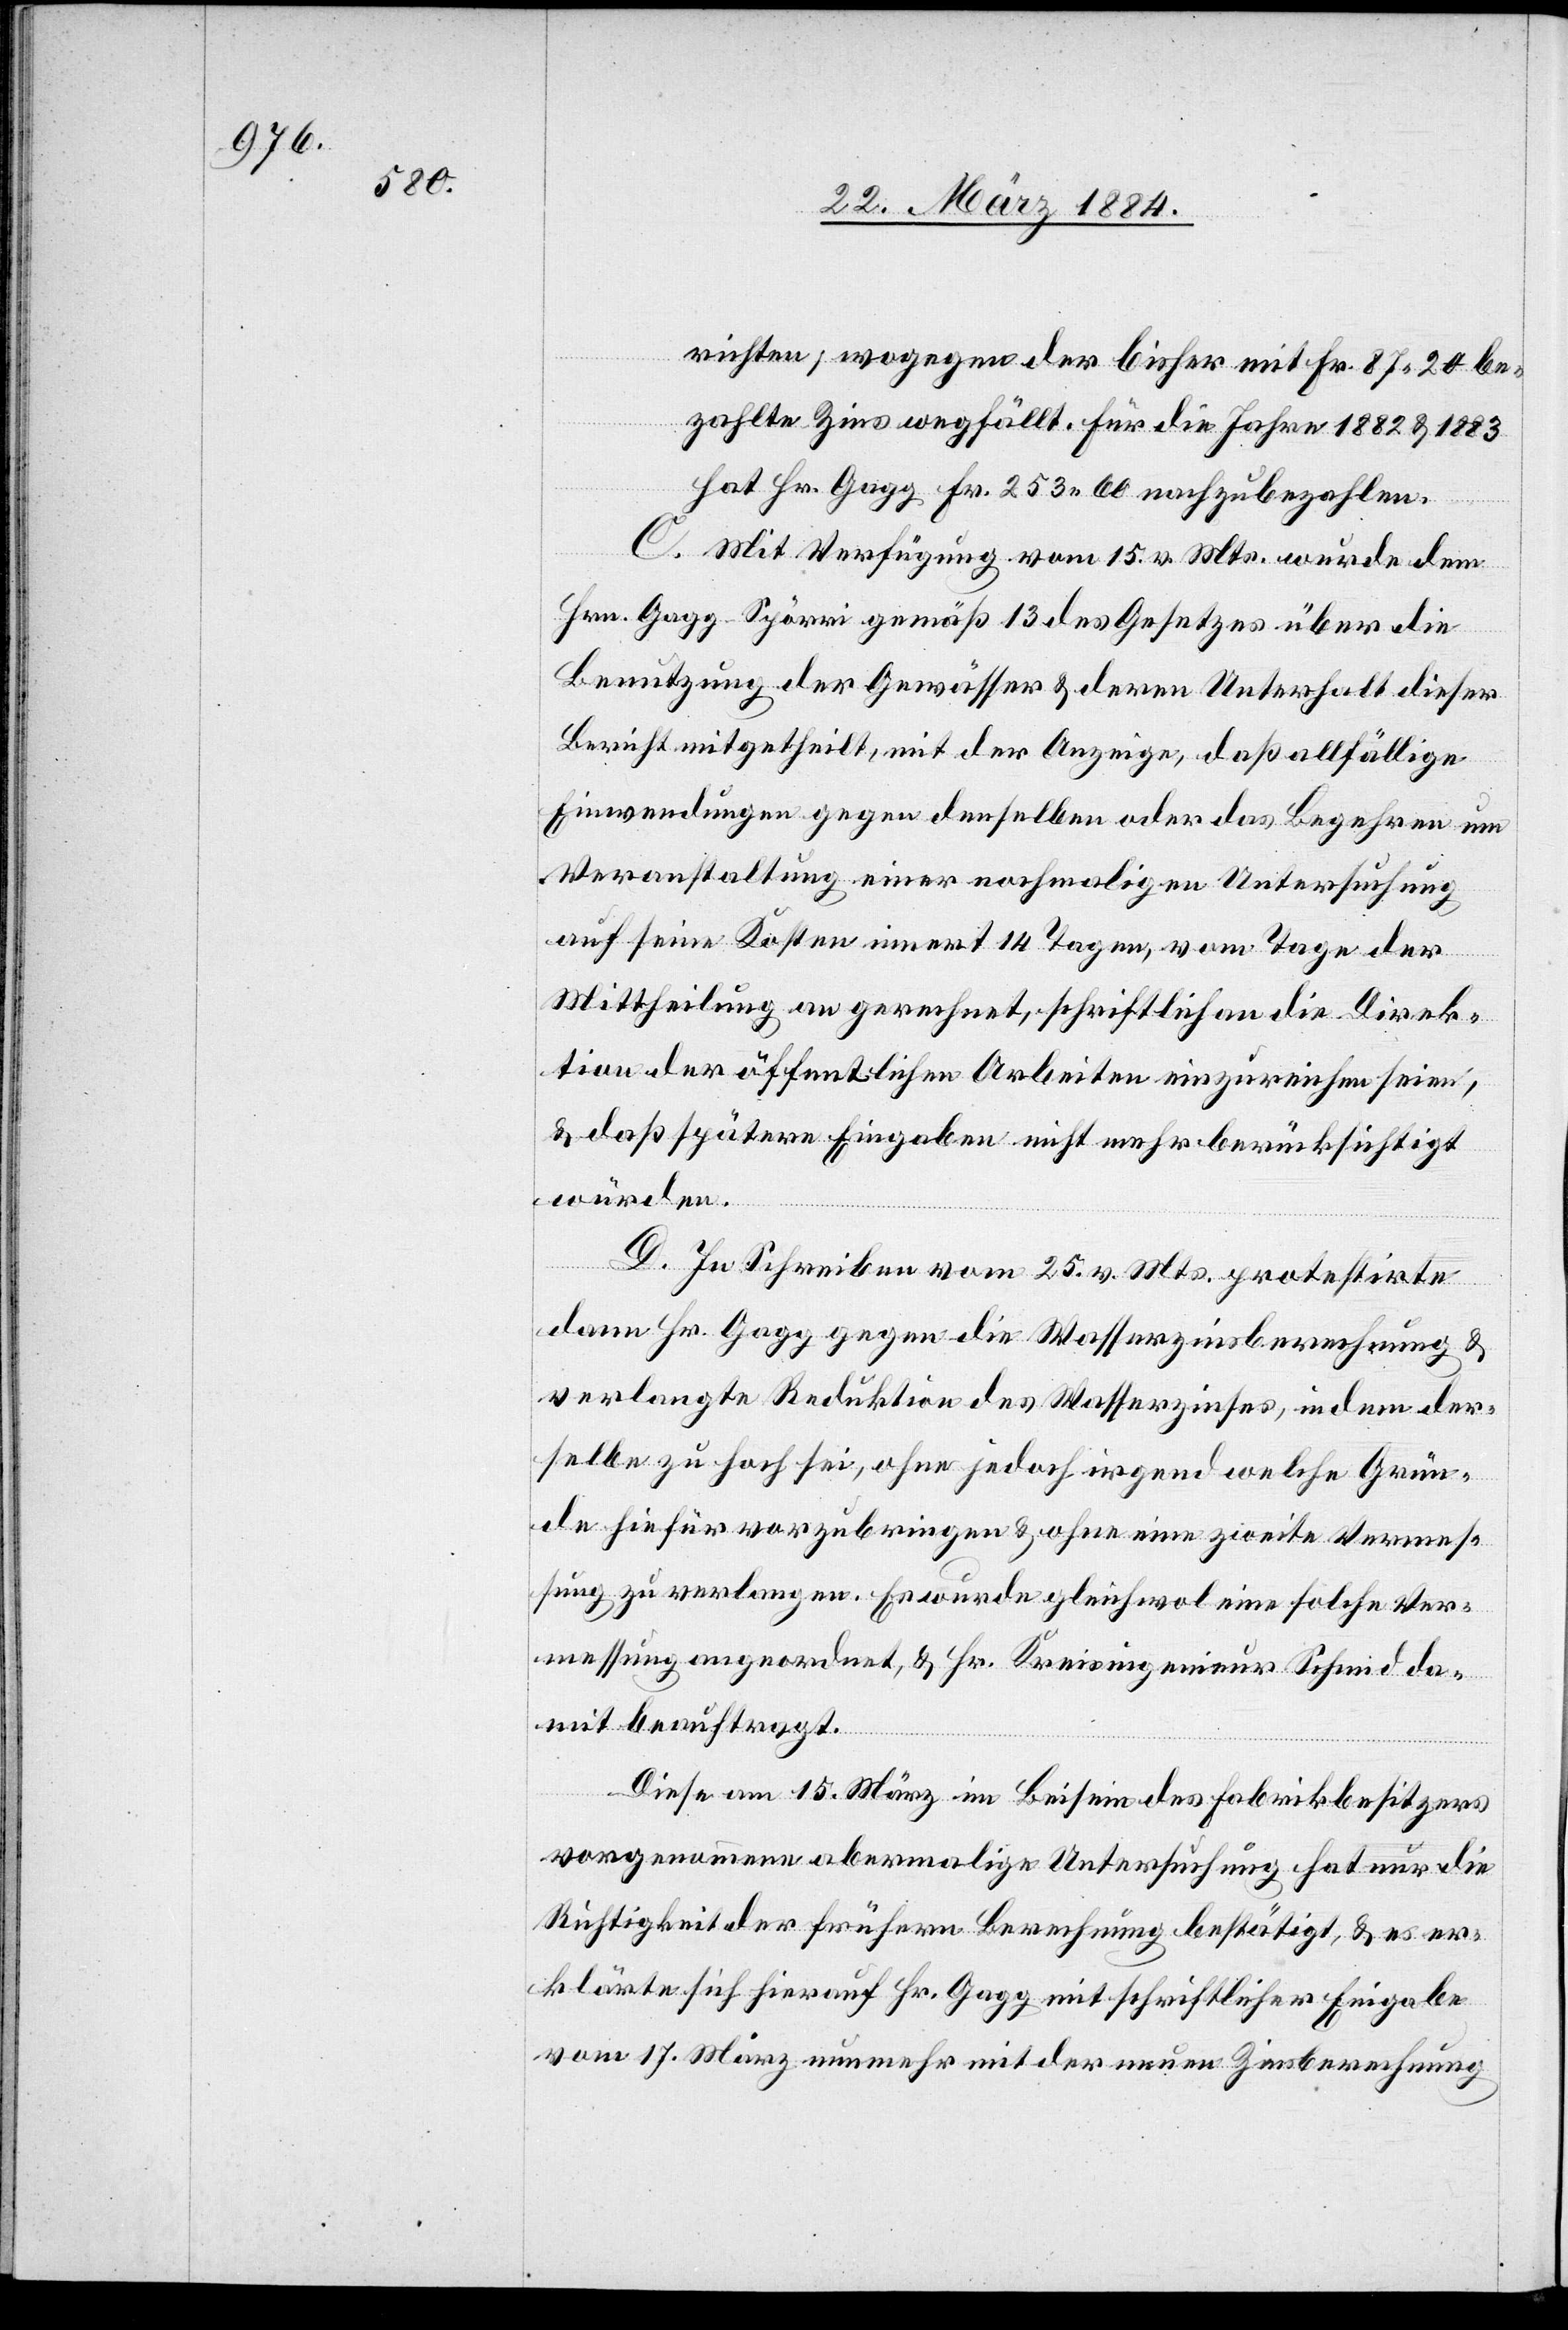
richten; wogegen der bisher mit Fr. 87 20 be¬
zahlte Zins wegfällt. Für die Jahre 1882 & 1883
hat Hr. Gagg Fr. 253 60 nachzubezahlen.
C. Mit Verfügung vom 15. v. Mts. wurde dem
Hrn. Gagg-Spörri gemäß § 13 des Gesetzes über die
Benutzung der Gewässer & deren Unterhalt dieser
Bericht mitgetheilt, mit der Anzeige, daß allfällige
Einwendungen gegen denselben oder das Begehren um
Veranstaltung einer nochmaligen Untersuchung
auf seine Kosten innert 14 Tagen, vom Tage der
Mittheilung an gerechnet, schriftlich an die Direk¬
tion der öffentlichen Arbeiten einzureichen seien,
& daß spätere Eingaben nicht mehr berücksichtigt
würden.
D. In Schreiben vom 25. v. Mts. protestirte
dann Hr. Gagg gegen die Wasserzinsberechnung &
verlangte Reduktion des Wasserzinses, indem der¬
selbe zu hoch sei, ohne jedoch irgend welche Grün¬
de hiefür vorzubringen & ohne eine zweite Vermes¬
sung zu verlangen. Es wurde gleichwol eine solche Ver¬
messung angeordnet & Hr. Kreisingenieur Schmid da¬
mit beauftragt.
Diese am 15. März im Beisein des Fabrikbesitzers
vorgenommene abermalige Untersuchung hat nur die
Richtigkeit der frühern Berechnung bestätigt, & es er¬
klärte sich hierauf Hr. Gagg mit schriftlicher Eingabe
vom 17. März nunmehr mit der neuen Zinsberechnung